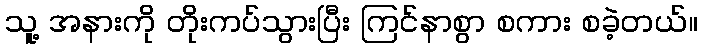
သူ့ အနားကို တိုးကပ်သွားပြီး ကြင်နာစွာ စကား စခဲ့တယ်။